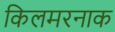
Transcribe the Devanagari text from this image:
किलमरनाक